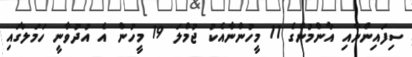
ސިފައިންނާއި އާންމުންގެ 11 މީހުންނާއެކު ޖުމްލަ 19 މީހުން އެ އުދުވާނީ ހަމަލާގައި